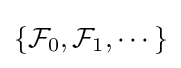
\left\{{\mathcal {F}}_{0},{\mathcal {F}}_{1},\cdots \right\}